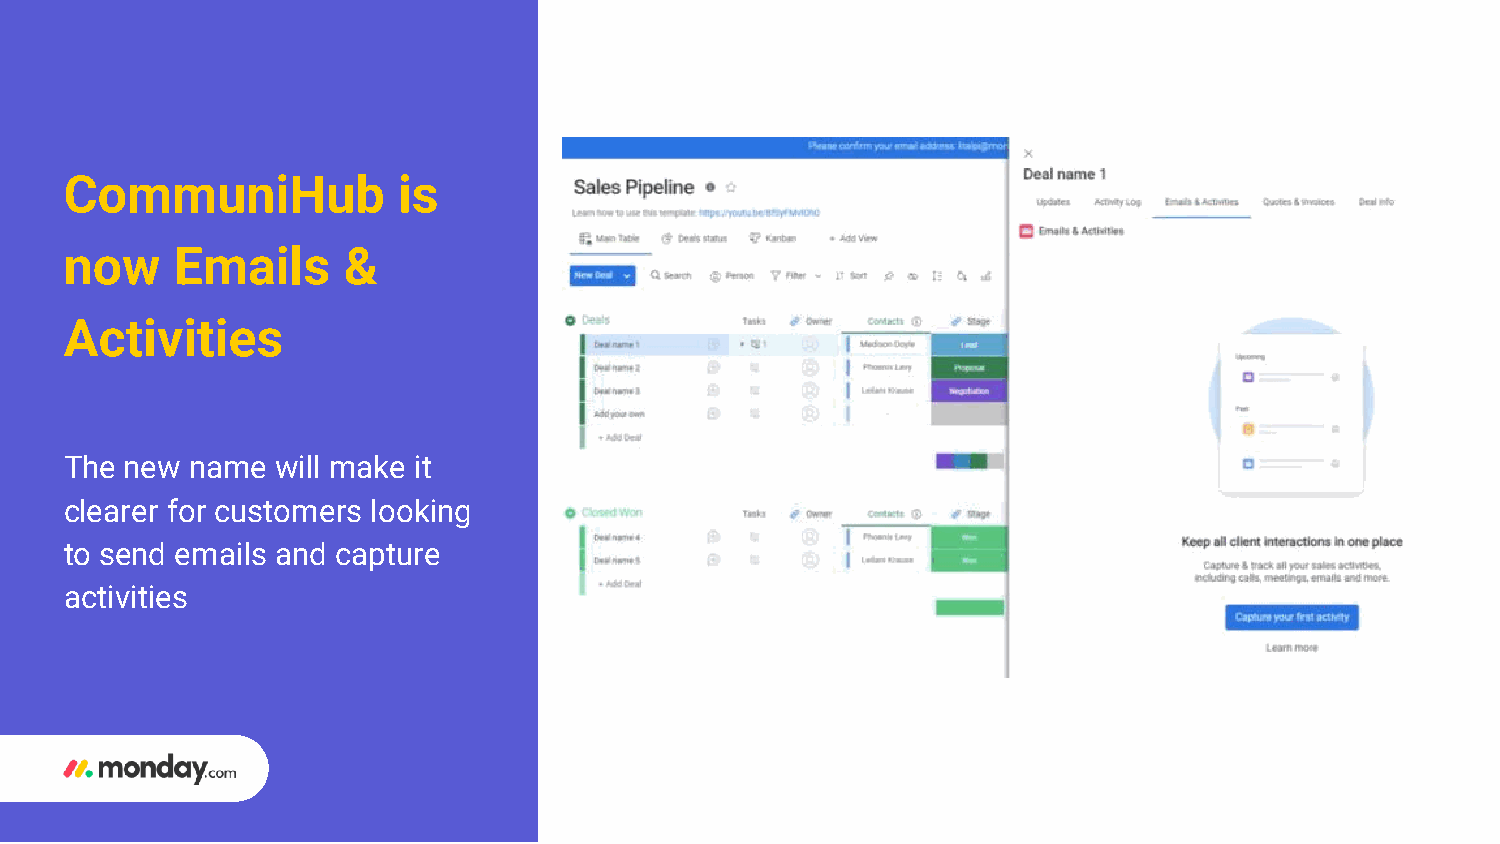
CommuniHub            is
 now    Emails      &
 Activities
 The new  name will make it
 clearer for customers looking
 to send emails and capture
 activities